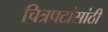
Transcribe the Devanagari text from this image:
चित्रपटांसांठी